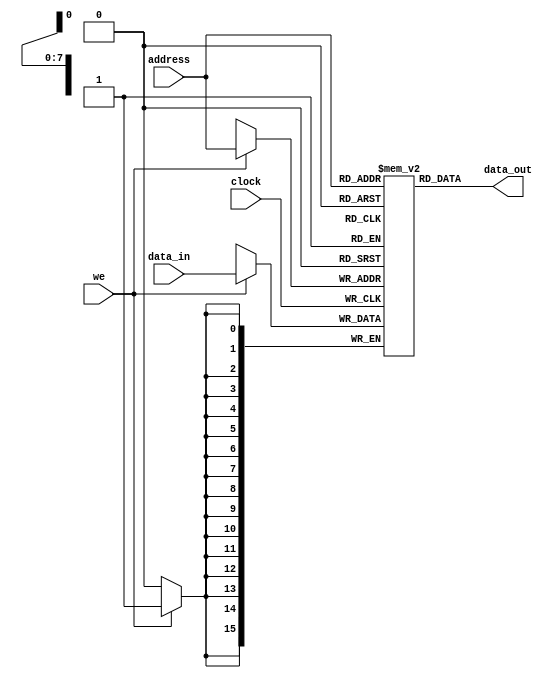
`timescale 1ns / 1ps
//////////////////////////////////////////////////////////////////////////////////
// Company: SYSU.SS
// Design Name:    Memory
// Target Devices: NEXYS3
// Dependencies: config.v
//////////////////////////////////////////////////////////////////////////////////
/**
*()
*
*	- (IM)(DM)
*	- ,(CPU),(01),(0)
*	- 
*/
module Memory(input wire clock,input wire[7:0] address,input wire we,input wire[15:0] data_in,
				output wire[15:0] data_out);
	reg[15:0] RAM[255:0];
	assign data_out=RAM[address];
	always@(posedge clock)
		if(we)
			RAM[address]<=data_in;
endmodule